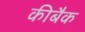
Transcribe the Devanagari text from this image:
कीबैक